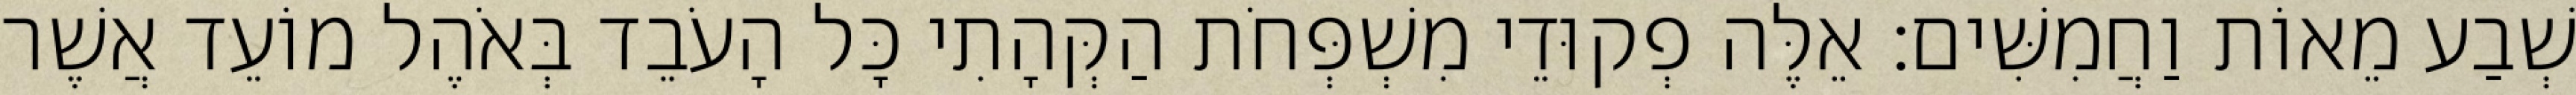
שְׁבַע מֵאוֹת וַחֲמִשִּׁים׃ אֵלֶּה פְקוּדֵי מִשְׁפְּחֹת הַקְּהָתִי כָּל הָעֹבֵד בְּאֹהֶל מוֹעֵד אֲשֶׁר